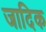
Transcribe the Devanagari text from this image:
जादिक